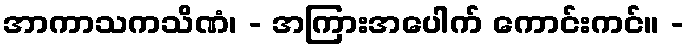
အာကာသကသိဏံ၊ - အကြားအပေါက် ကောင်းကင်။ -